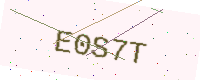
Text: E0S7T